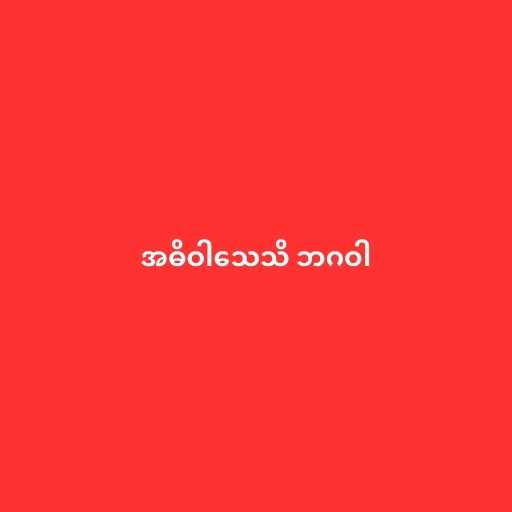
အဓိဝါသေသိ ဘဂဝါ